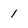
Character: 1